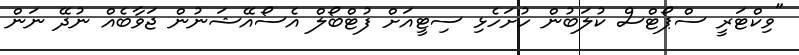
"ވިކްޓަރީ ސްޕޯޓްސް ކުލަބުން ހުށަހެޅި ސިޓީއަށް ފުޓްބޯލް އެސޯއޭޝަނުން ޖަވާބެއް ނުދޭ ނަން